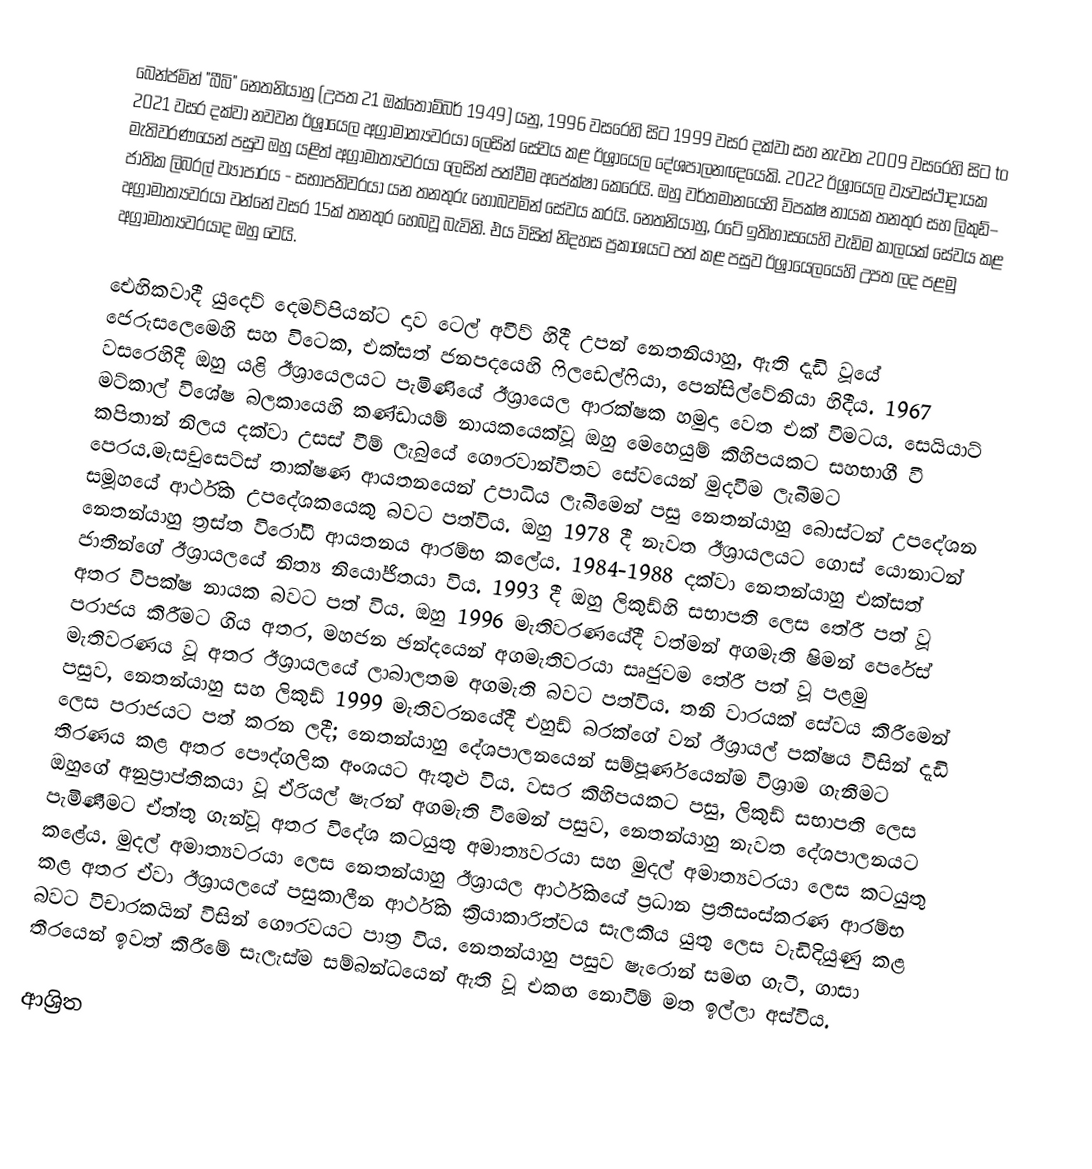
බෙන්ජමින් "බීබි" නෙතනියාහු (උපත 21 ඔක්තොම්බර් 1949) යනු, 1996 වසරෙහි සිට 1999 වසර දක්වා සහ නැවත  2009 වසරෙහි සිට  to 2021 වසර දක්වා නවවන ඊශ්‍රායෙල අග්‍රාමාත්‍යවරයා ලෙසින් සේවය කළ  ඊශ්‍රායෙල දේශපාලනඥයෙකි. 2022 ඊශ්‍රායෙල ව්‍යවස්ථාදායක මැතිවරණයෙන් පසුව ඔහු යළිත් අග්‍රාමාත්‍යවරයා ලෙසින් පත්වීම අපේක්ෂා කෙරෙයි. ඔහු වර්තමානයෙහි විපක්ෂ නායක තනතුර සහ ලිකුඩ්– ජාතික ලිබරල් ව්‍යාපාරය - සභාපතිවරයා යන තනතුරු හොබවමින් සේවය කරයි. නෙතනියාහු, රටේ ඉතිහාසයෙහි වැඩිම කාලයක් සේවය කළ අග්‍රාමාත්‍යවරයා වන්නේ වසර 15ක් තනතුර හෙබවූ බැවිනි. එය විසින් නිදහස ප්‍රකාශයට පත් කළ පසුව ඊශ්‍රායෙලයෙහි උපත ලද පළමු අග්‍රාමාත්‍යවරයාද ඔහු වෙයි.

 ඓහිකවාදී යුදෙව් දෙමව්පියන්ට දාව ටෙල් අවීව් හිදී උපන් නෙතනියාහු, ඇති දැඩි වූයේ ජෙරුසලෙමෙහි සහ විටෙක, එක්සත් ජනපදයෙහි ෆිලඩෙල්ෆියා, පෙන්සිල්වේනියා හිදීය. 1967 වසරෙහිදී ඔහු යළි ඊශ්‍රායෙලයට පැමිණියේ ඊශ්‍රායෙල ආරක්ෂක හමුදා වෙත එක් වීමටය. සෙයියාට් මට්කාල් විශේෂ බලකායෙහි කණ්ඩායම් නායකයෙක්වූ ඔහු මෙහෙයුම් කිහිපයකට සහභාගී වී කපිතාන් නිලය දක්වා උසස් වීම් ලැබුයේ ගෞරවාන්විතව සේවයෙන් මුදවීම ලැබීමට පෙරය.මැසචුසෙට්ස් තාක්ෂණ ආයතනයෙන් උපාධිය ලැබීමෙන් පසු නෙතන්යාහු බොස්ටන් උපදේශන සමූහයේ ආර්ථික උපදේශකයෙකු බවට පත්විය. ඔහු 1978 දී නැවත ඊශ්‍රායලයට ගොස් යොනාටන් නෙතන්යාහු ත්‍රස්ත විරෝධී ආයතනය ආරම්භ කලේය. 1984-1988 දක්වා නෙතන්යාහු එක්සත් ජාතීන්ගේ ඊශ්‍රායලයේ නිත්‍ය නියෝජිතයා විය. 1993 දී ඔහු ලිකුඩ්හි සභාපති ලෙස තේරී පත් වූ අතර විපක්ෂ නායක බවට පත් විය. ඔහු 1996 මැතිවරණයේදී වත්මන් අගමැති ෂිමන් පෙරේස් පරාජය කිරීමට ගිය අතර, මහජන ඡන්දයෙන් අගමැතිවරයා සෘජුවම තේරී පත් වූ පළමු මැතිවරණය වූ අතර ඊශ්‍රායලයේ ලාබාලතම අගමැති බවට පත්විය. තනි වාරයක් සේවය කිරීමෙන් පසුව, නෙතන්යාහු සහ ලිකුඩ් 1999 මැතිවරනයේදී එහුඩ් බරක්ගේ වන් ඊශ්‍රායල් පක්ෂය විසින් දැඩි ලෙස පරාජයට පත් කරන ලදී; නෙතන්යාහු දේශපාලනයෙන් සම්පූර්ණයෙන්ම විශ්‍රාම ගැනීමට තීරණය කළ අතර පෞද්ගලික අංශයට ඇතුළු විය. වසර කිහිපයකට පසු, ලිකුඩ් සභාපති ලෙස ඔහුගේ අනුප්‍රාප්තිකයා වූ ඒරියල් ෂැරන් අගමැති වීමෙන් පසුව, නෙතන්යාහු නැවත දේශපාලනයට පැමිණීමට ඒත්තු ගැන්වූ අතර විදේශ කටයුතු අමාත්‍යවරයා සහ මුදල් අමාත්‍යවරයා ලෙස කටයුතු කළේය. මුදල් අමාත්‍යවරයා ලෙස නෙතන්යාහු ඊශ්‍රායල ආර්ථිකයේ ප්‍රධාන ප්‍රතිසංස්කරණ ආරම්භ කළ අතර ඒවා ඊශ්‍රායලයේ පසුකාලීන ආර්ථික ක්‍රියාකාරිත්වය සැලකිය යුතු ලෙස වැඩිදියුණු කළ බවට විචාරකයින් විසින් ගෞරවයට පාත්‍ර විය. නෙතන්යාහු පසුව ෂැරොන් සමඟ ගැටී, ගාසා තීරයෙන් ඉවත් කිරීමේ සැලැස්ම සම්බන්ධයෙන් ඇති වූ එකඟ නොවීම් මත ඉල්ලා අස්විය.

ආශ්‍රිත